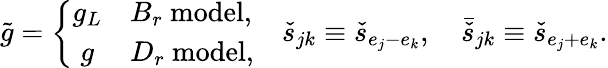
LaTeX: \tilde{g}=\left\{ \begin{array}{cl}{{g_{L}}}&{{B_{r}\ \mathrm{model},}}\\ {{g}}&{{D_{r}\ \mathrm{model},}}\end{array}\right.\quad\check{s}_{jk}\equiv\check{s}_{e_{j}-e_{k}},\quad\bar{\check{s}}_{jk}\equiv\check{s}_{e_{j}+e_{k}}.